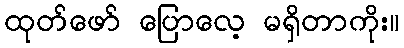
ထုတ်ဖော် ပြောလေ့ မရှိတာကိုး။